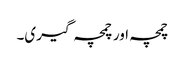
چمچہ اور چمچہ گیری۔